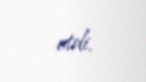
etdi.